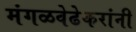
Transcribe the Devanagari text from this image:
मंगळवेढेकरांनी